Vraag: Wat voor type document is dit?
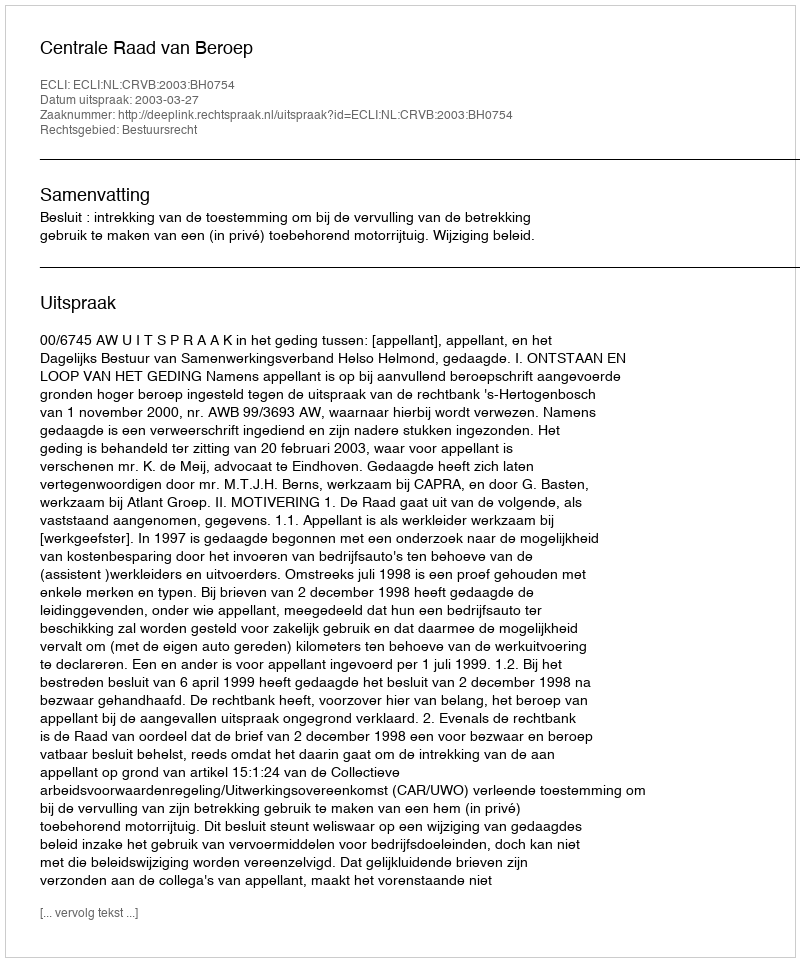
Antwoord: Uitspraak